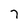
Character: 7